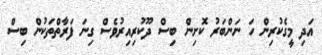
އަދި މީގެކުރިން ހަ ނަންބަރު ކޮށިން ބިސް ދޫކުރިއިރުވެސް ގިނަ ފަރާތްތަކުން ބިސް